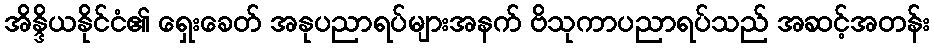
အိန္ဒိယနိုင်ငံ၏ ရှေးခေတ် အနုပညာရပ်များအနက် ဗိသုကာပညာရပ်သည် အဆင့်အတန်း